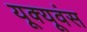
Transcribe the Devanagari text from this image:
यूक्यूवंस